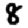
Digit: 8